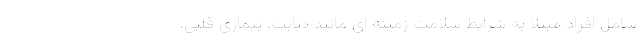
شامل افراد مبتلا به شرایط سلامت زمینه ای مانند دیابت، بیماری قلبی،